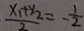
\frac { x _ { 1 } + x _ { 2 } } { 2 } = - \frac { 1 } { 2 }